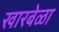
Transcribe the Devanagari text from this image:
खारबेळा